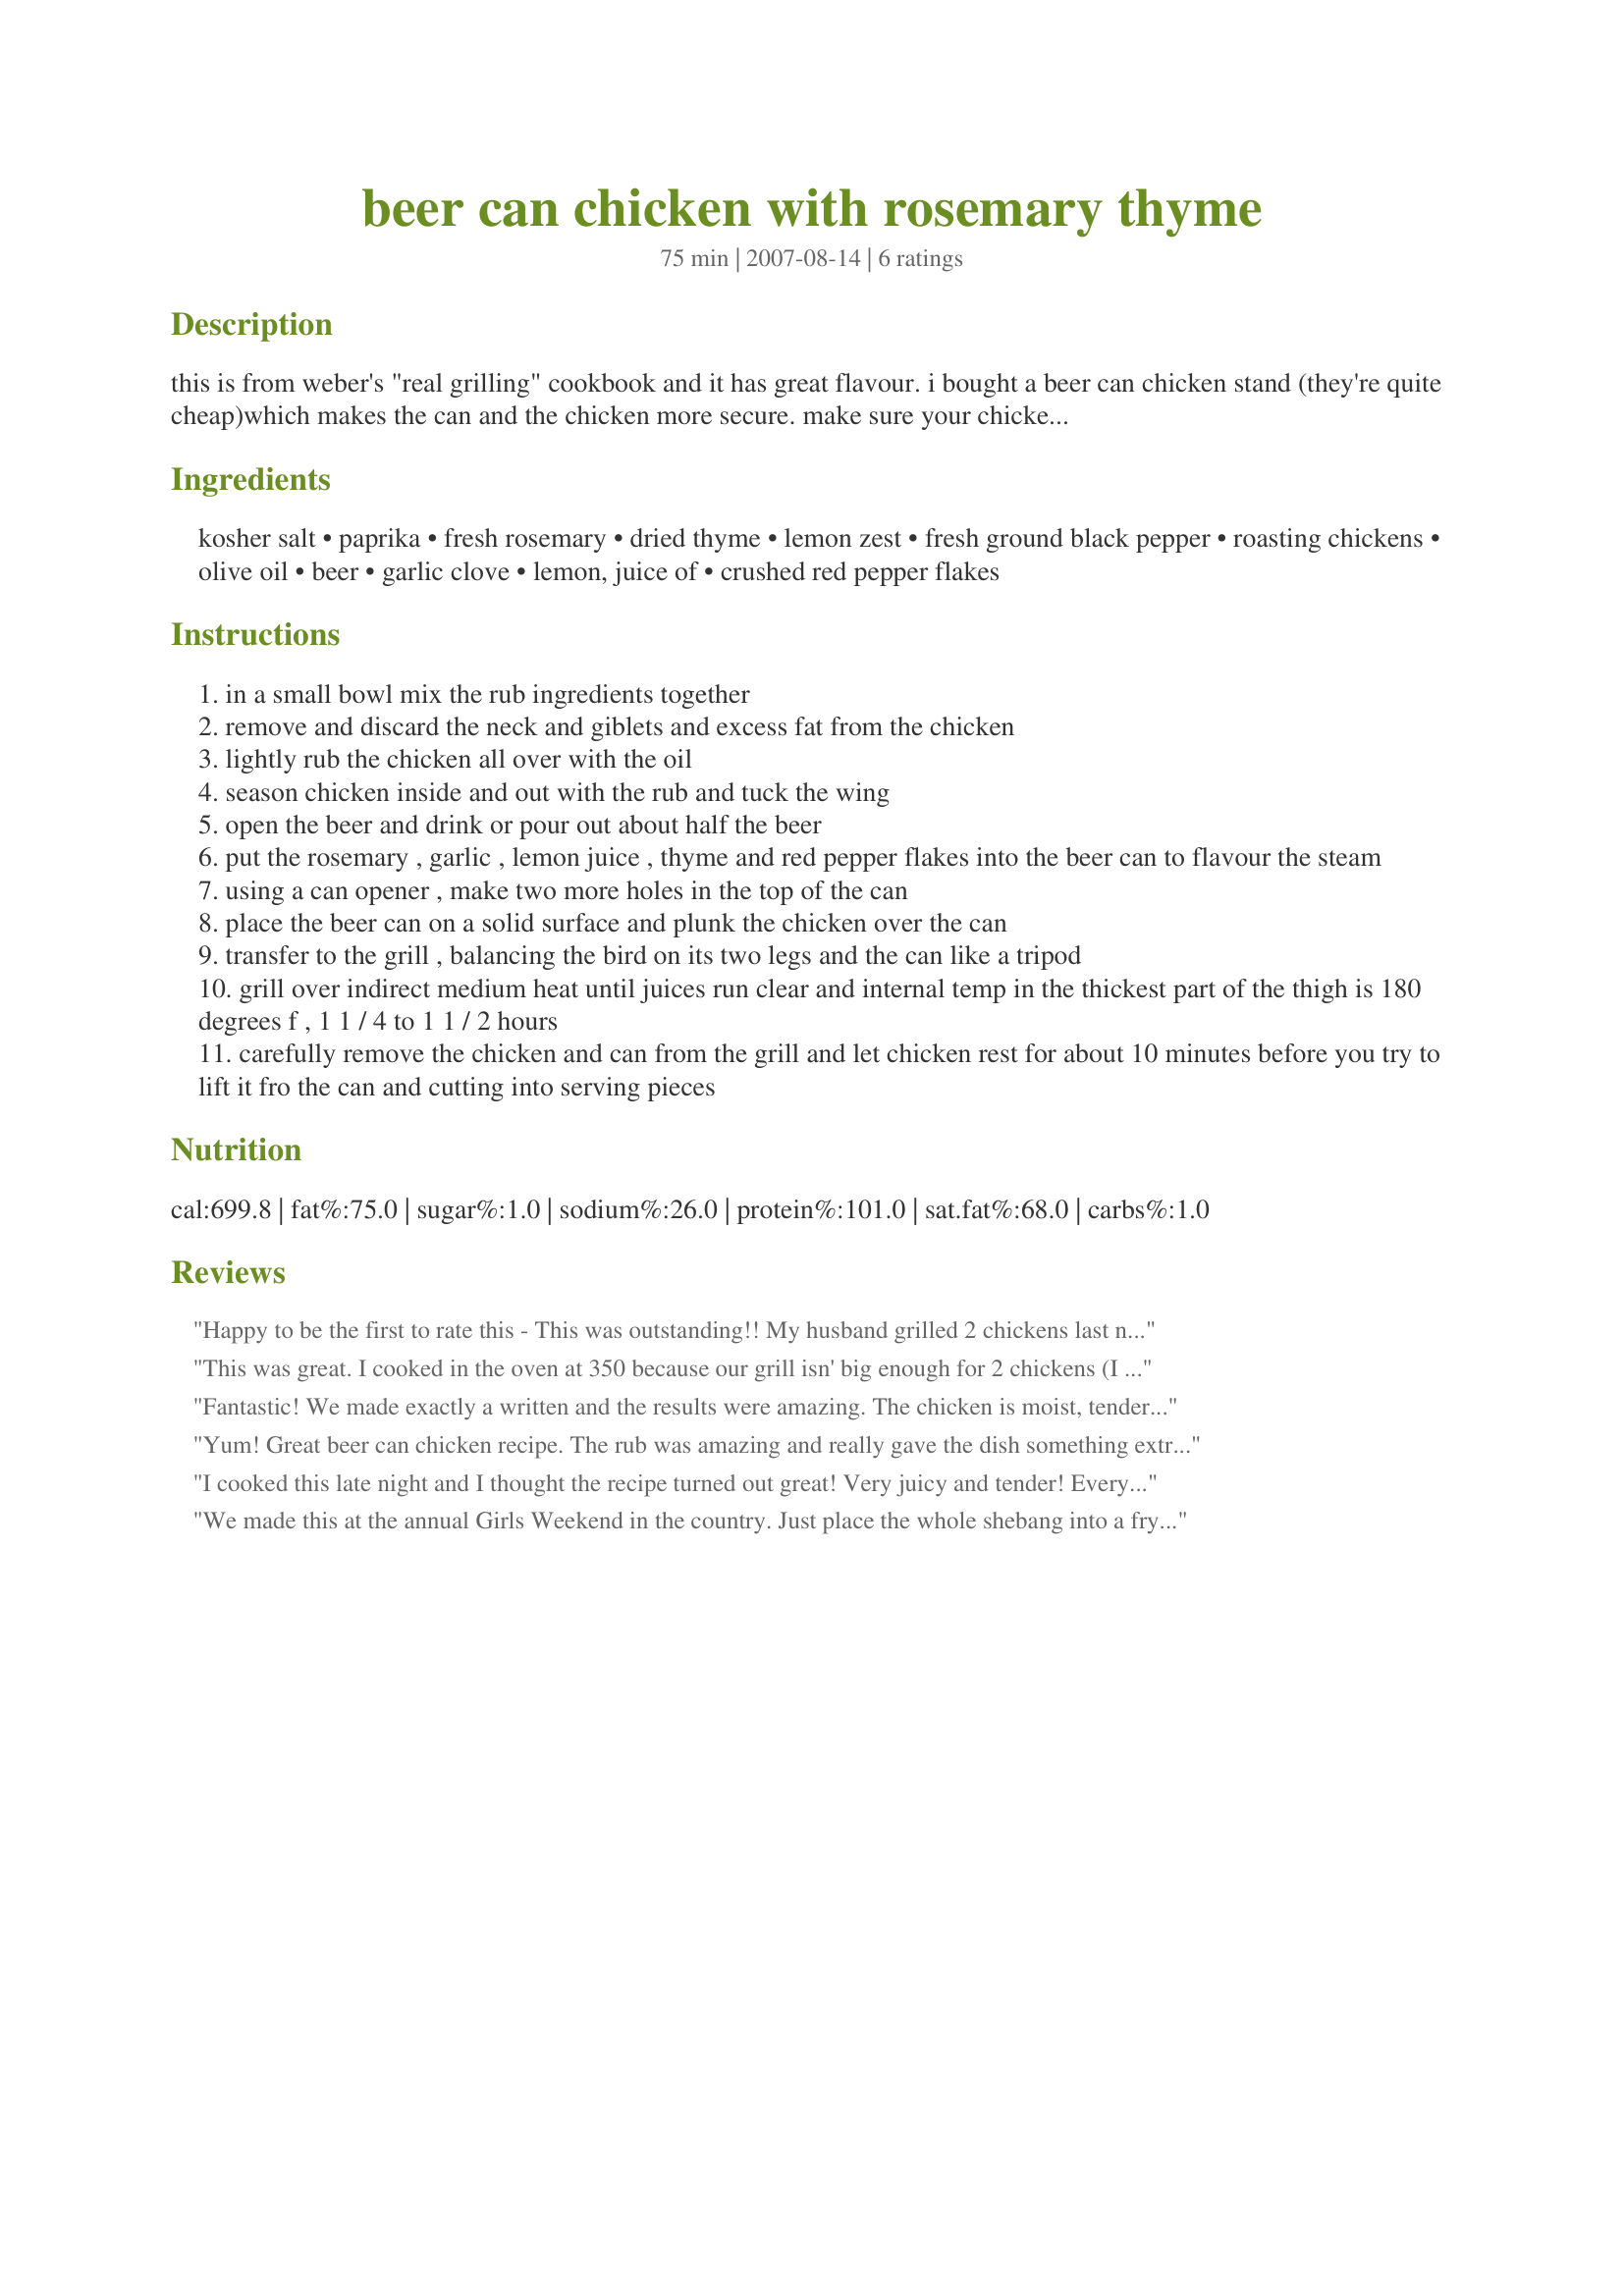
beer can chicken with rosemary thyme
Preparation time: 75 minutes

this is from weber's "real grilling" cookbook and it has great flavour. i bought a beer can chicken stand (they're quite cheap)which makes the can and the chicken more secure. make sure your chicken isn't too big or you may not get the lid closed on your bbq.

Ingredients:
kosher salt, paprika, fresh rosemary, dried thyme, lemon zest, fresh ground black pepper, roasting chickens, olive oil, beer, garlic clove, lemon, juice of, crushed red pepper flakes

Steps:
in a small bowl mix the rub ingredients together
remove and discard the neck and giblets and excess fat from the chicken
lightly rub the chicken all over with the oil
season chicken inside and out with the rub and tuck the wing
open the beer and drink or pour out about half the beer
put the rosemary , garlic , lemon juice , thyme and red pepper flakes into the beer can to flavour the steam
using a can opener , make two more holes in the top of the can
place the beer can on a solid surface and plunk the chicken over the can
transfer to the grill , balancing the bird on its two legs and the can like a tripod
grill over indirect medium heat until juices run clear and internal temp in the thickest part of the thigh is 180 degrees f , 1 1 / 4 to 1 1 / 2 hours
carefully remove the chicken and can from the grill and let chicken rest for about 10 minutes before you try to lift it fro the can and cutting into serving pieces

Reviews:
Happy to be the first to rate this - This was outstanding!! My husband grilled 2 chickens last night, one using this recipe and one using #185759 Beer Can Chicken with Memphis Rub. They were both delicious - tender, moist and flavorful. They looked beautiful coming off the grill - made just as directed and they were fabulous!!
This was great. I cooked in the oven at 350 because our grill isn' big enough for 2 chickens (I have 7 kids) This will be a favorite in our family.
Fantastic! We made exactly a written and the results were amazing. The chicken is moist, tender and full of flavor. I loved how the chicken was evenly roast all around - the skin was so crispy!
Thanks for posting a great recipe!
Yum! Great beer can chicken recipe. The rub was amazing and really gave the dish something extra. We made exactly as written and it came out great. Thanks for the recipe.
I cooked this late night and I thought the recipe turned out great! Very juicy and tender! Everyone loved the flavors! Also, very easy to prepare.
We made this at the annual Girls Weekend in the country. Just place the whole shebang into a frying pan and put it on the grill. This was outstanding and I recommend that anyone tries this.
